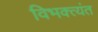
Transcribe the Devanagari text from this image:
विभक्त्यंत